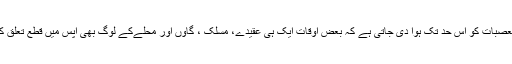
لوگوں میں تعصبات کو اس حد تک ہوا دی جاتی ہے کہ بعض اوقات ایک ہی عقیدے، مسلک ، گاوں اور محلےکے لوگ بھی آپس میں قطع تعلق کر لیتے ہیں ۔